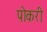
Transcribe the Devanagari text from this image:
पोकरी